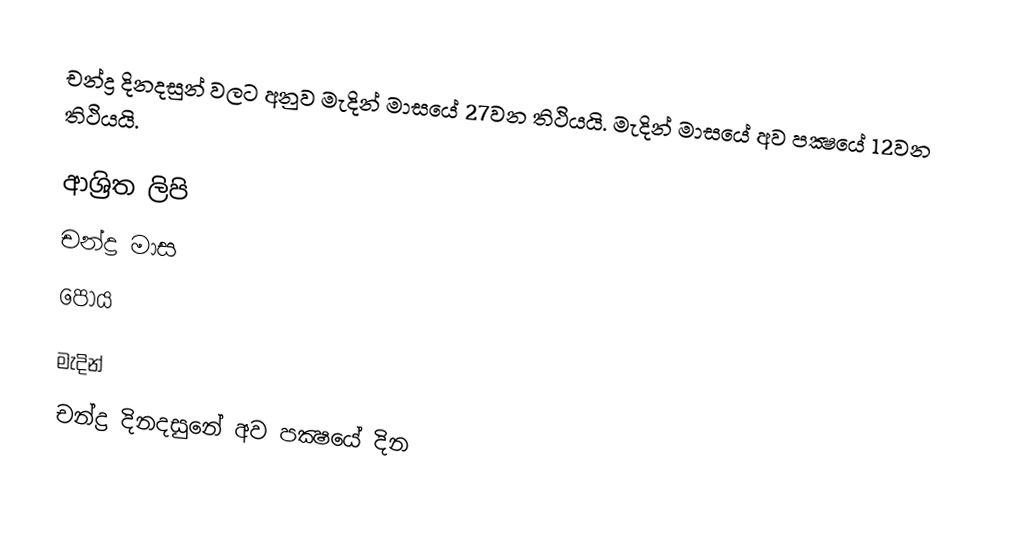
චන්ද්‍ර දිනදසුන් වලට අනුව මැදින් මාසයේ 27වන තිථියයි. මැදින් මාසයේ අව පක්‍ෂයේ 12වන තිථියයි.

ආශ්‍රිත ලිපි
 චන්ද්‍ර මාස
 පෝය

මැදින්
චන්ද්‍ර දිනදසුනේ අව පක්‍ෂයේ දින